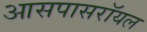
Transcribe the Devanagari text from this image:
आसपासरॉयल